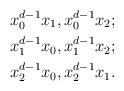
LaTeX: \begin{align*}x_0^{d-1}x_1, x_0^{d-1}x_2 ;\\x_1^{d-1}x_0, x_1^{d-1}x_2 ;\\x_2^{d-1}x_0, x_2^{d-1}x_1 .\end{align*}